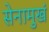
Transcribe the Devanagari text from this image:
सेनामुखं